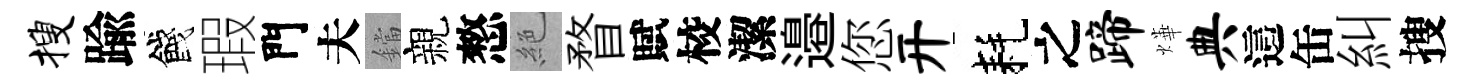
搜踰餞瑕門夫鐺親憗絶瞀賦校潔邉您开耗之蹄燁典這缶糾搜